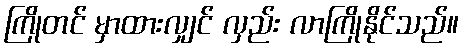
ကြိုတင် မှာထားလျှင် လှည်း လာကြိုနိုင်သည်။